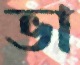
ভা